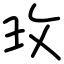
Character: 玫